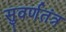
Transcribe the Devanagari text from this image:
सुवर्णतंत्र